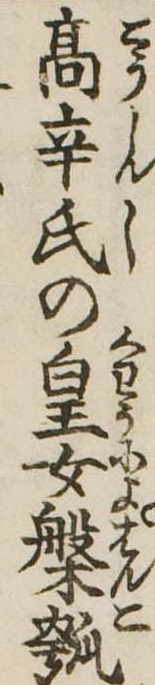
高辛氏の皇女槃瓠